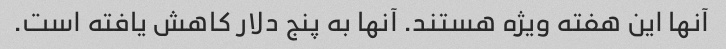
آنها این هفته ویژه هستند. آنها به پنج دلار کاهش یافته است.